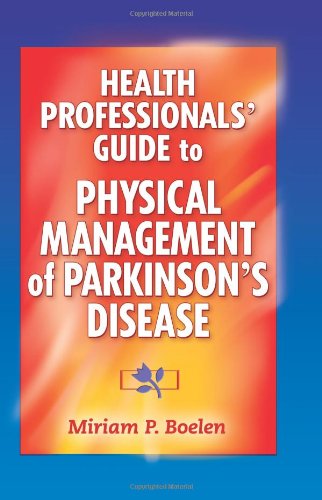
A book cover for Health Professionals' Guide to Physical Management of Parkinson's Disease; Miriam Boelen; Health, Fitness & Dieting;